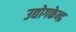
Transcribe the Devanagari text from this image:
उद्योगकेन्द्र